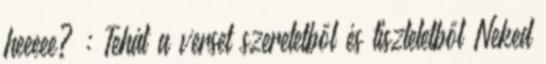
heeeee? : Tehát a verset szeretetből és tiszteletből Neked